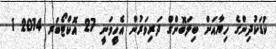
ކުޑަކުދިންގެ ހިޔާއަށް ބިލަބޮންގް ދަރިވަރުން އެހީވަނީ 27 އޮކްޓޯބަރ 2014 1